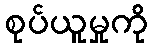
စုပ်ယူမှုကို